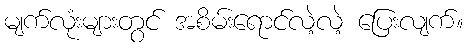
မျက်လုံးများတွင် အစိမ်းရောင်လဲ့လဲ့ ပြေးလျက်။